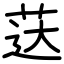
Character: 荙